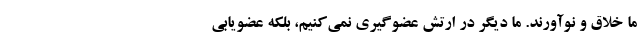
ما خلاق و نوآورند. ما دیگر در ارتش عضوگیری نمی‌کنیم،‌ بلکه عضویابی